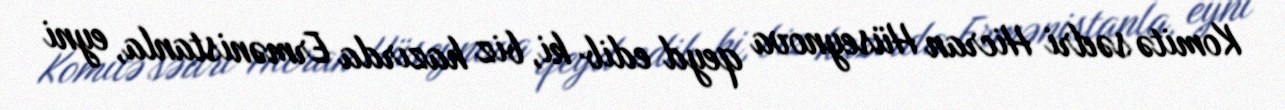
Komitə sədri Hicran Hüseynova qeyd edib ki, biz hazırda Ermənistanla, eyni